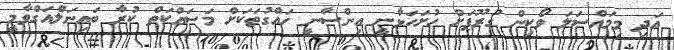
އަދި މިމައްސަލަ ވޯކިން ގުރޫޕަށް ހުށަހަޅާނީ އިންސާނީ ހައްގުތަކަށް މަސައްކަތް ކުރާ ބައިނަލްއަގްވާމީ